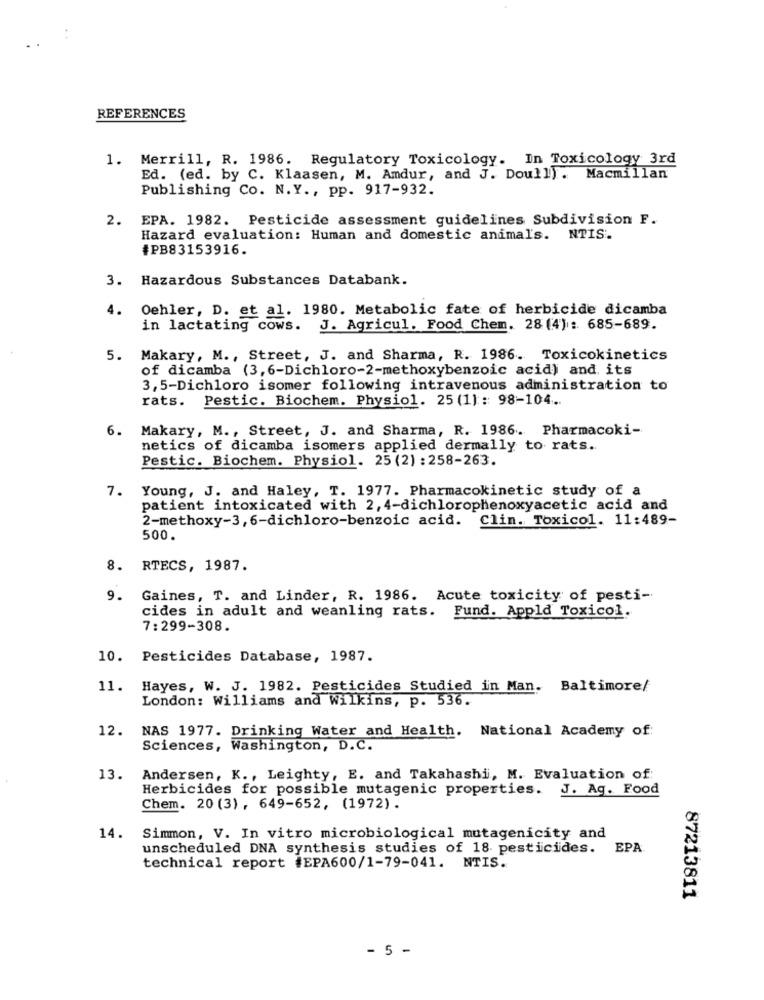
REFERENCES
1. Merrill, R. 1986. Regulatory Toxicology. In Toxicology 3rd
Ed. (ed. by C. Klaasen, M. Amdur, and J. Doull). Macmillan
Publishing Co. N.Y ., pp. 917-932.
2. EPA. 1982. Pesticide assessment guidelines Subdivision F.
Hazard evaluation: Human and domestic animals. NTIS.
#PB83153916.
3. Hazardous Substances Databank.
4.
Oehler, D. et al. 1980. Metabolic fate of herbicide dicamba
in lactating cows. J. Agricul. Food Chem. 28 (4): 685-689.
5. Makary, M ., Street, J. and Sharma, R. 1986. Toxicokinetics
of dicamba (3,6-Dichloro-2-methoxybenzoic acid) and its
3, 5-Dichloro isomer following intravenous administration to
rats. Pestic. Biochem. Physiol. 25 (1) :: 98-104 ..
6. Makary, M ., Street, J. and Sharma, R. 1986. Pharmacoki-
netics of dicamba isomers applied dermally to rats ..
Pestic. Biochem. Physiol. 25 (2) : 258-263.
7. Young, J. and Haley, T. 1977. Pharmacokinetic study of a
patient intoxicated with 2, 4-dichlorophenoxyacetic acid and
2-methoxy-3, 6-dichloro-benzoic acid. Clin. Toxicol. 11:489-
500.
8. RTECS, 1987.
9.
Gaines, T. and Linder, R. 1986. Acute toxicity of pesti-
cides in adult and weanling rats. Fund. Appld Toxicol.
7:299-308.
10. Pesticides Database, 1987.
11.
Hayes, W. J. 1982. Pesticides Studied in Man. Baltimore/
London: Williams and Wilkins, p. 536.
12.
NAS 1977. Drinking Water and Health. National Academy of:
Sciences, Washington, D.C.
13. Andersen, K ., Leighty, E. and Takahashi, M. Evaluation of
Herbicides for possible mutagenic properties. J. Ag. Food
Chem. 20 (3), 649-652, (1972).
14.
Simmon, V. In vitro microbiological mutagenicity and
unscheduled DNA synthesis studies of 18 pesticides.
EPA
technical report #EPA600/1-79-041. NTIS.
87213811
- 5 -